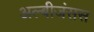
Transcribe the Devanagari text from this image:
अल्बीजंसस